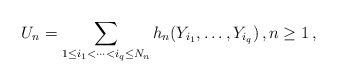
\begin{align*}U_n=\sum_{1\le i_1<\cdots<i_q\le N_n}h_n(Y_{i_1},\ldots,Y_{i_q})\,,n\geq 1\,,\end{align*}